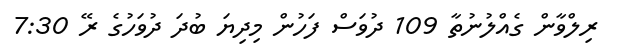
ރިލްވާން ގެއްލުނުތާ 109 ދުވަސް ފަހުން މިދިޔަ ބުދަ ދުވަހުގެ ރޭ 7:30